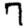
Digit: 7